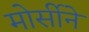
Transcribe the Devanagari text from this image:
मोर्सीने